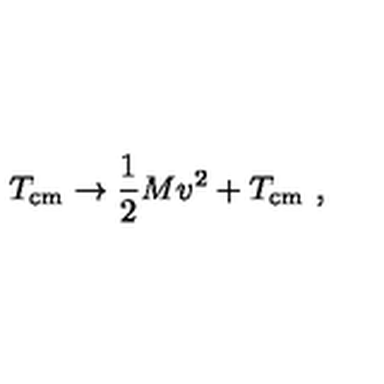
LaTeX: T _ { \mathrm { c m } } \to \frac { 1 } { 2 } M v ^ { 2 } + T _ { \mathrm { c m } } \ ,